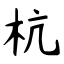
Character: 杭